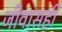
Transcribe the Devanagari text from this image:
जीवासही